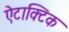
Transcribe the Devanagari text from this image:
ऐटाक्टिक